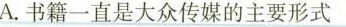
A.书籍一直是大众传媒的主要形式